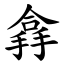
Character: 搻